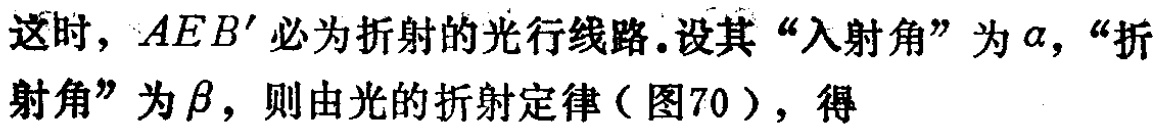
这时，\(AEB'\)必为折射的光行线路.设其“入射角”为\(\alpha\)，“折射角”为\(\beta\)，则由光的折射定律（图70），得